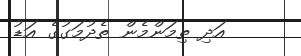
އަދި ތިމަންމެން ތެދުމަގުގެ އަޑު